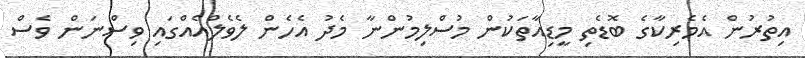
އިތުރުން އެމެރިކާގެ ބޮޑެތި މީޑިއާތަކުން މުސްލިމުންނާ މެދު އެހެން ލެވެލްއެއްގައި ވިސްނަން ވެސް